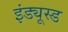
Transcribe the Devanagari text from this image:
इंड्यूस्ड